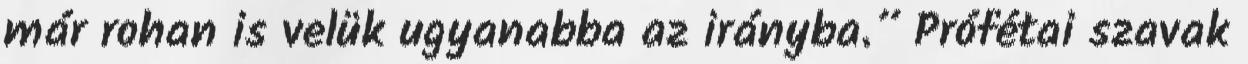
már rohan is velük ugyanabba az irányba.” Prófétai szavak